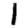
Digit: 1